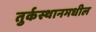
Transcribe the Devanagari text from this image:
तुर्कस्थानमधील